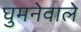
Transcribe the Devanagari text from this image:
घुमनेवाले